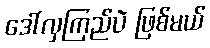
ဒေါ်လှကြည်ပဲ ဖြစ်မယ်